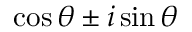
\cos \theta \pm i \sin \theta